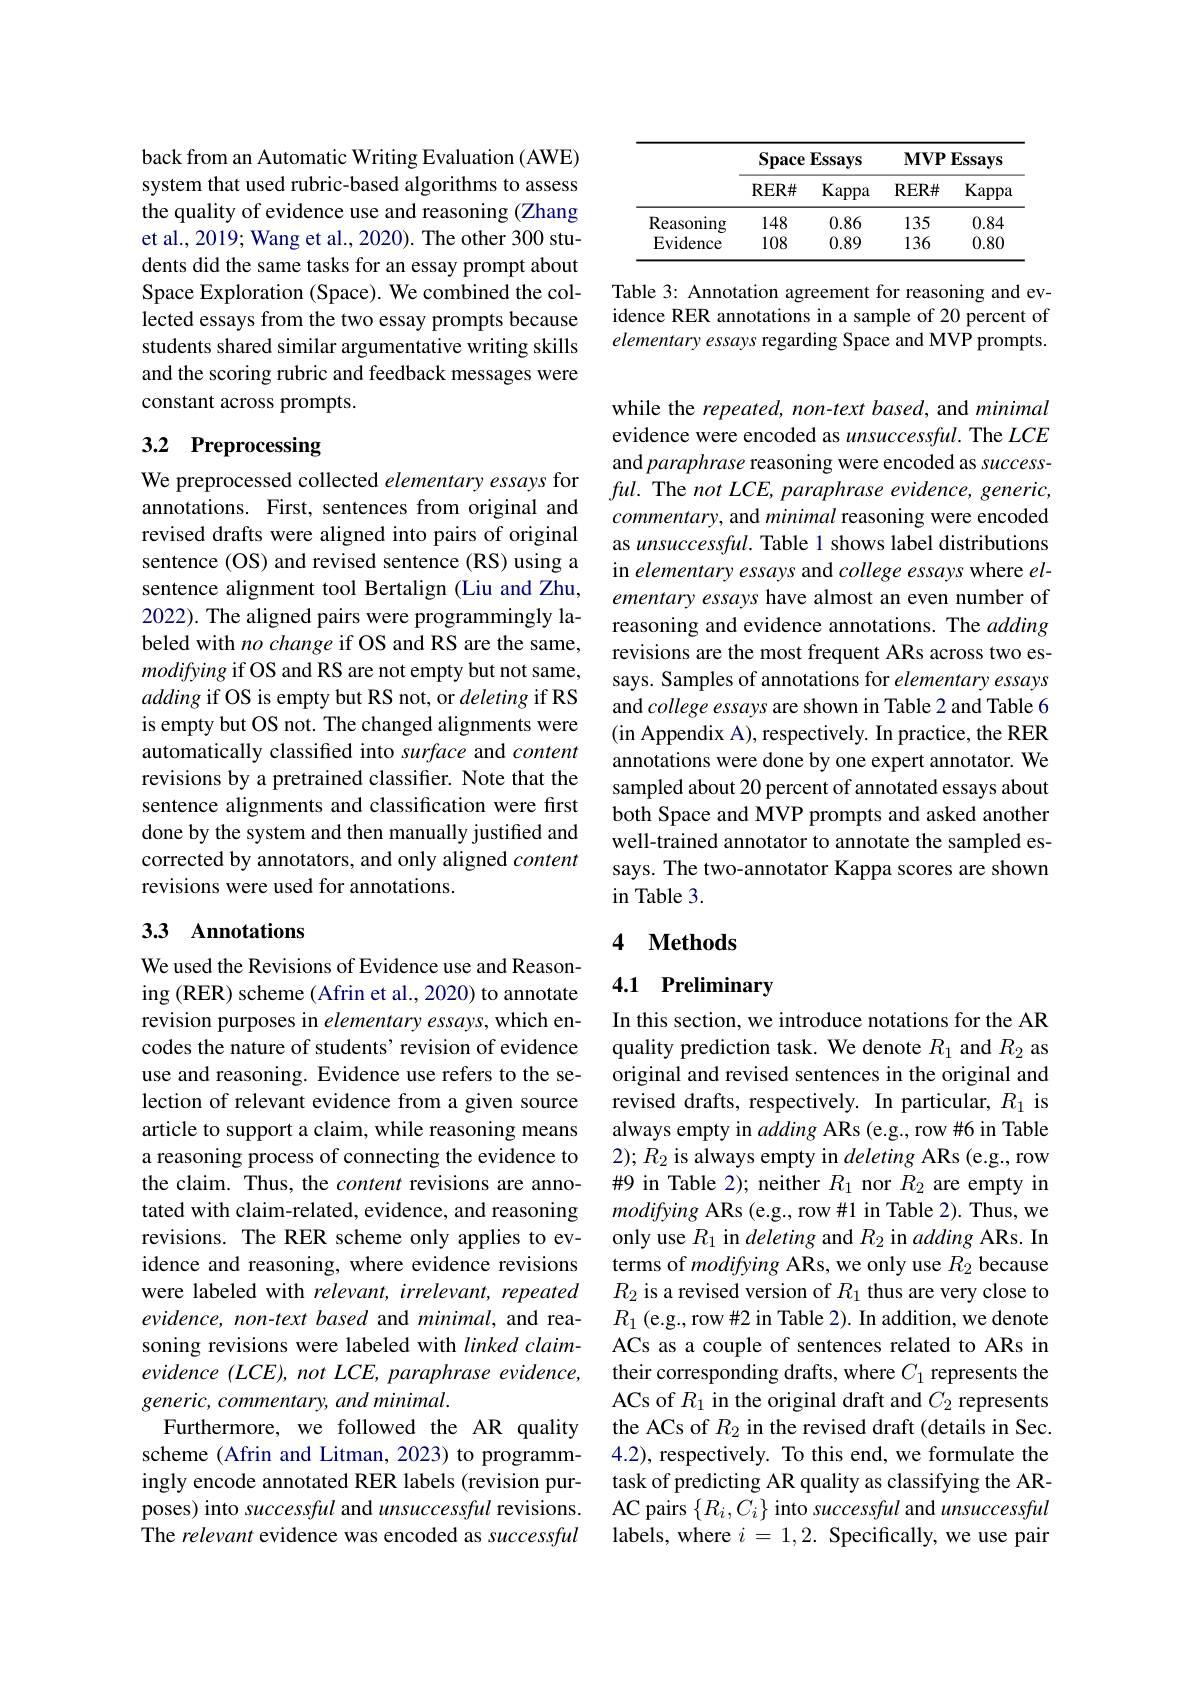
back from an Automatic Writing Evaluation (AWE) system that used rubric-based algorithms to assess the quality of evidence use and reasoning (Zhang et al., 2019; Wang et al., 2020). The other 300 students did the same tasks for an essay prompt about Space Exploration (Space). We combined the collected essays from the two essay prompts because students shared similar argumentative writing skills and the scoring rubric and feedback messages were constant across prompts.

# 3.2 Preprocessing

annotations. First, sentences from original and revised drafts were aligned into pairs of original sentence (OS) and revised sentence (RS) using a sentence alignment tool Bertalign (Liu and Zhu, 2022). The aligned pairs were programmingly labeled with no change if OS and RS are the same, modifying if OS and RS are not empty but not same, adding if OS is empty but RS not, or deleting if RS is empty but OS not. The changed alignments were automatically classified into surface and content revisions by a pretrained classifier. Note that the sentence alignments and classification were first done by the system and then manually justified and corrected by annotators, and only aligned content revisions were used for annotations.

## 33 Annotations

We used the Revisions of Evidence use and Reasoning (RER) scheme (Afrin et al., 2020) to annotate revision purposes in elementary essays, which encodes the nature of students' revision of evidence use and reasoning. Evidence use refers to the selection of relevant evidence from a given source article to support a claim, while reasoning means a reasoning process of connecting the evidence to the claim. Thus, the content revisions are annotated with claim-related, evidence, and reasoning revisions. The RER scheme only applies to evidence and reasoning, where evidence revisions were labeled with relevant, irrelevant, repeated evidence, non-text based and minimal, and reasoning revisions were labeled with linked claimevidence (LCE), not LCE, paraphrase evidence, generic, commentary, and minimal.
Furthermore, we followed the AR quality scheme (Afrin and Litman, 2023) to programmingly encode annotated RER labels (revision purposes) into successful and unsuccessful revisions. The relevant evidence was encoded as successful

<table>
	<tbody>
		<tr>
			<th> </th>
			<th colspan="2">$\mathbf{SpaceE}$ $\mathbf{Essays}$</th>
			<th colspan="2">$\mathbf{MVP}$ Essays</th>
		</tr>
		<tr>
			<th> </th>
			<th>RER#</th>
			<th>Kappa</th>
			<th>$\mathbf{RER\#}$</th>
			<th>Kappa</th>
		</tr>
		<tr>
			<td>Reasoning</td>
			<td>148</td>
			<td>0.86</td>
			<td>135</td>
			<td>0.84</td>
		</tr>
		<tr>
			<td>Evidence</td>
			<td>108</td>
			<td>0.89</td>
			<td>136</td>
			<td>0.80</td>
		</tr>
	</tbody>
</table>

Table 3: Annotation agreement for reasoning and evidence RER annotations in a sample of 20 percent of elementary essays regarding Space and MVP prompts.

while the repeated, non-text based, and minimal evidence were encoded as unsuccessful. The $LCE$ and paraphrase reasoning were encoded as success-
We preprocessed collected elementary essays for $ful.$ The $notLCE,paraphrase$ evidence, generic,
commentary, and minimal reasoning were encoded as unsuccessful. Table 1 shows label distributions in elementary essays and college essays where elementary essays have almost an even number of reasoning and evidence annotations. The adding revisions are the most frequent ARs across two essays. Samples of annotations for elementary essays and college essays are shown in Table 2 and Table 6 (in Appendix A), respectively. In practice, the RER annotations were done by one expert annotator. We sampled about 20 percent of annotated essays about both Space and MVP prompts and asked another well-trained annotator to annotate the sampled essays. The two-annotator Kappa scores are shown in Table 3.

# 4 Methods

# 4.1 Preliminary

In this section, we introduce notations for the AR quality prediction task. We denote $R_1$ and $R_2$ as original and revised sentences in the original and revised drafts, respectively. In particular, $R_1$ is always empty in adding ARs (e.g., row #6 in Table $2);R_{2}$ is always empty in deleting ARs (e.g., row #9 in Table 2); neither $R_{1}$ nor $R_{2}$ are empty in modifying ARs (e.g., row #1 in Table 2). Thus, we only use $R_1$ in deleting and $R_2$ in adding ARs. In terms of modifying ARs, we only use $R_2$ because $R_2$ is a revised version of $R_1$ thus are very close to $R_1$ (e.g., row #2 in Table 2). In addition, we denote ACs as a couple of sentences related to ARs in their corresponding drafts, where $C_1$ represents the ACs of $R_1$ in the original draft and $C_2$ represents the ACs of $R_2$ in the revised draft(details in Sec. 4.2), respectively. To this end, we formulate the task of predicting AR quality as classifying the ARAC pairs $\{R_i,C_i\}$ into successful and unsuccessful labels, where $i=1,2.$ Specifically, we use pair